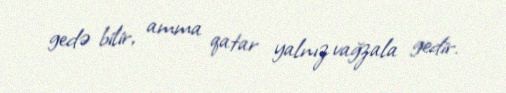
gedə bilir, amma qatar yalnız vağzala gedir.